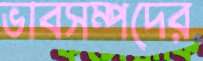
ভাবসম্পদের